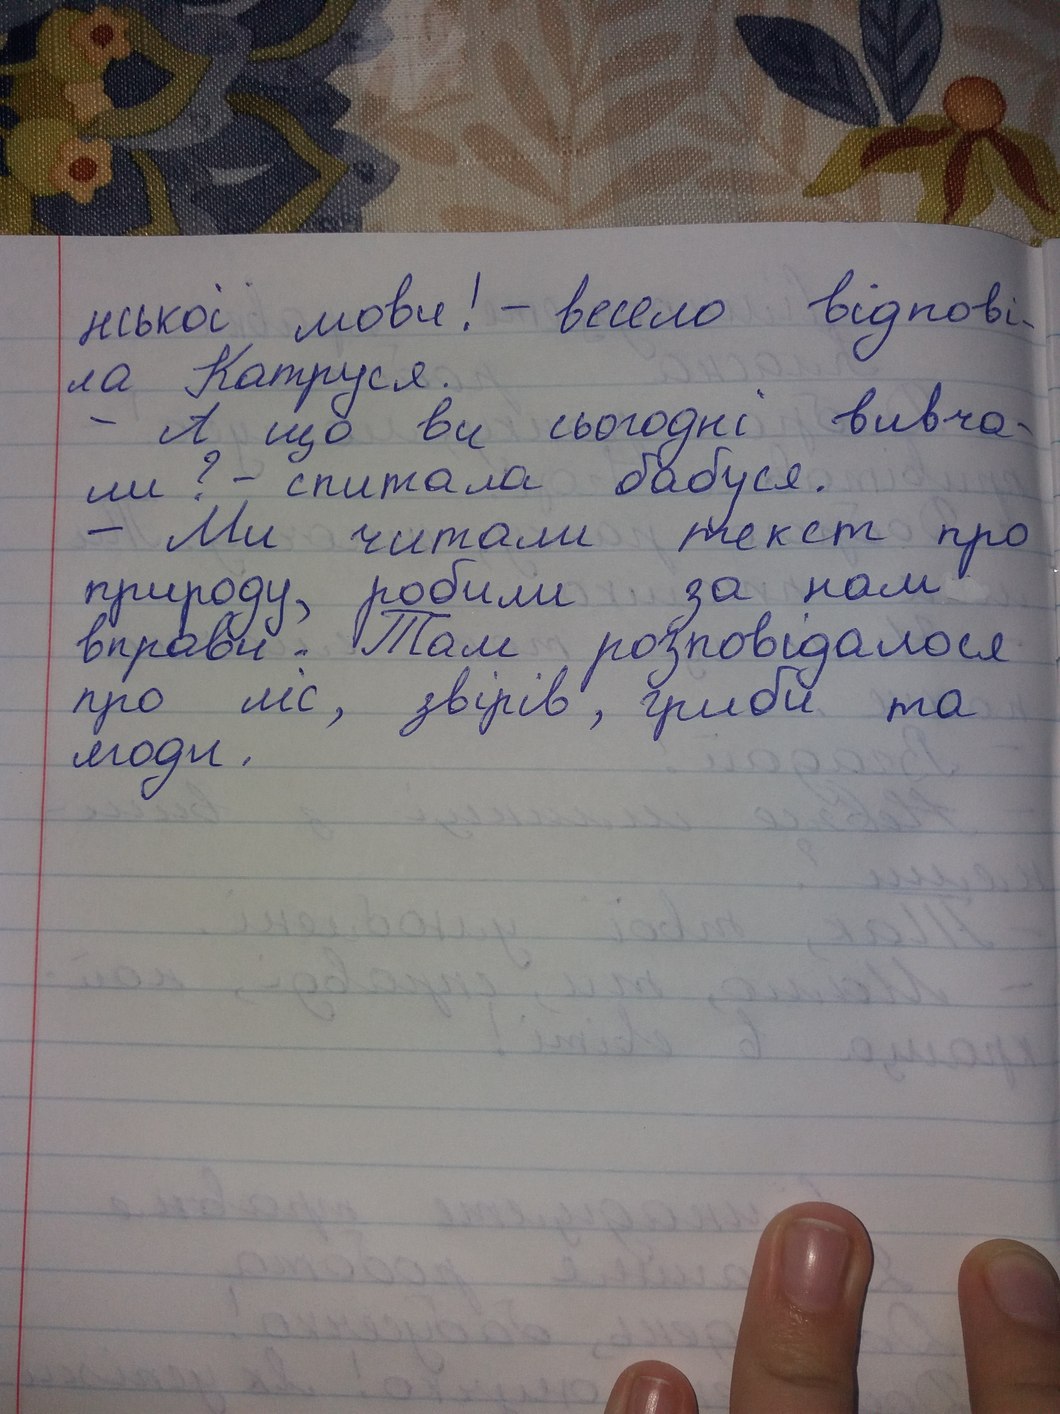
нської мови! - весело відпові-
ла Катруся.
- А що ви сьогодні вивча-
ли? - спитала бабуся.
- Ми читали текст про
природу, робили за нам
вправи. Там розповідалося
про ліс, звірів, гриби та
ягоди.